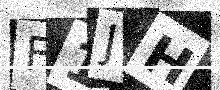
Text: F1JH